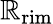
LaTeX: \mathbb{R}_{\mathrm{{rim}}}